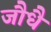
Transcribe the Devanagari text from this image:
जौधै